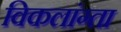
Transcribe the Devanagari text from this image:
विकलांग्‍ता